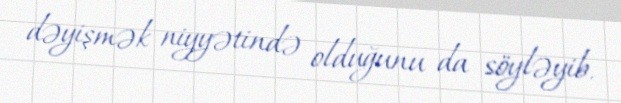
dəyişmək niyyətində olduğunu da söyləyib.